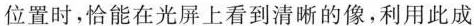
位置时，恰能在光屏上看到清晰的像，利用此成